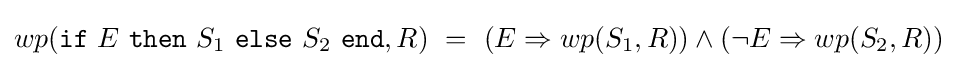
wp({\texttt {if}}\ E\ {\texttt {then}}\ S_{1}\ {\texttt {else}}\ S_{2}\ {\texttt {end}},R)\ =\ (E\Rightarrow wp(S_{1},R))\wedge (\neg E\Rightarrow wp(S_{2},R))